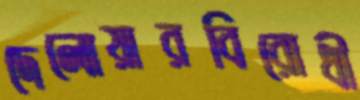
দেলোয়ারবিরোধী